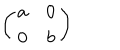
LaTeX: \left( \begin{array} { c c } { { a } } & { { 0 } } \\ { { 0 } } & { { b } } \\ \end{array} \right)